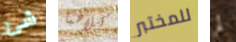
شئ كلاهما للمختبر لم